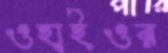
ওহাইওর